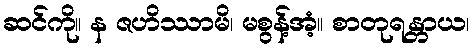
ဆင်ကို။ န ဇဟိဿာမိ၊ မစွန့်အံ့။ စာတုရန္တာယ၊